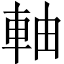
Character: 軸